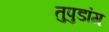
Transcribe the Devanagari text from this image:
तुपुडांग